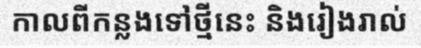
កាលពីកន្លងទៅថ្មីនេះ និងរៀងរាល់